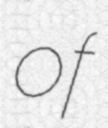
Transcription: of